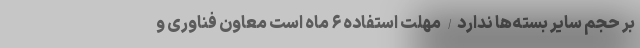
بر حجم سایر بسته‌ها ندارد/ مهلت استفاده ۶ ماه است معاون فناوری و